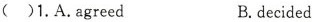
( )1. A.Agreed B.decided